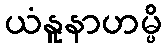
ယံနူနာဟမ္ပိ